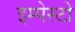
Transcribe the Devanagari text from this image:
इम्पेस्टो